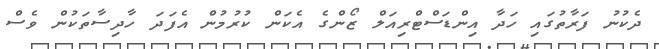
ދެކުނު ފަރާތުގައި ހަދާ އިންޑަސްޓްރިއަލް ޒޯންގެ އެކަން ކުރުމުން އެފަދަ ހާދިސާތަކުން ވެސް